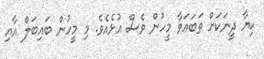
ކިޔާ ދީނަކަށް ތަބަޢަވާ މީހުން ވެސް އުޅެއެވެ. މި މީހުން ބައިބަލް އާއި